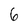
Character: 6